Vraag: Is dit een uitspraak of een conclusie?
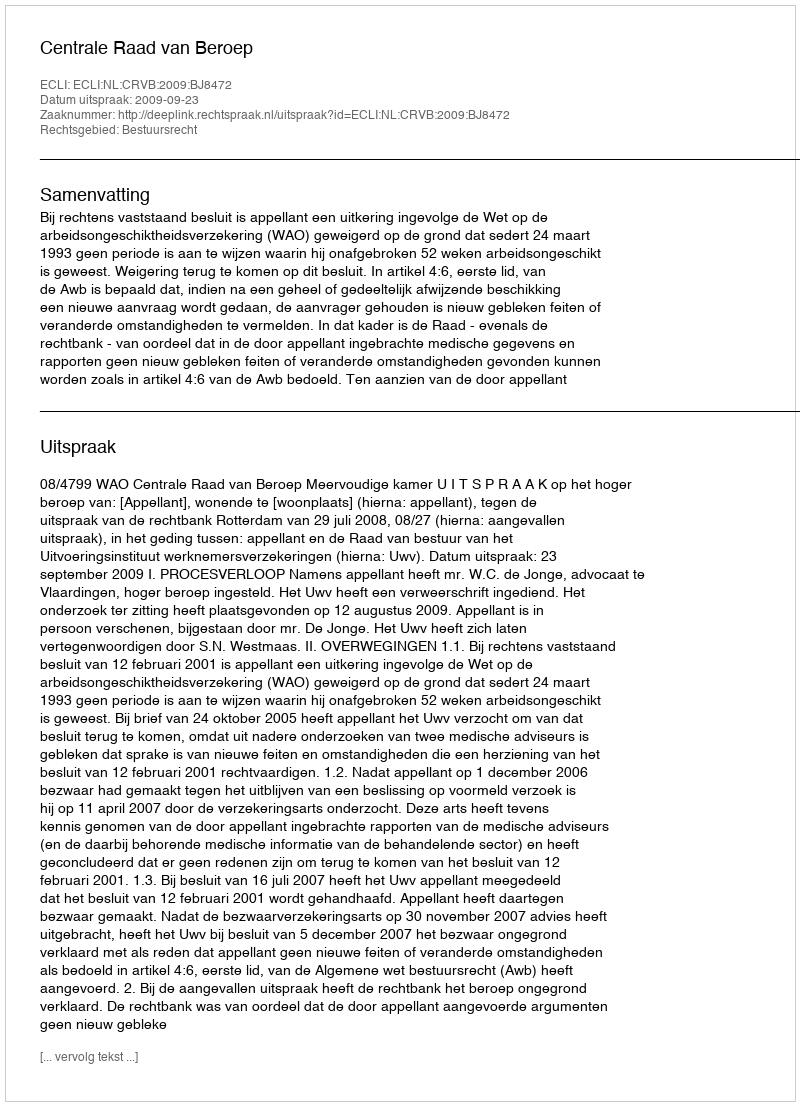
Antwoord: Uitspraak